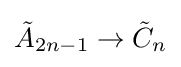
{\tilde {A}}_{2n-1}\to {\tilde {C}}_{n}